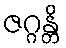
ဇဂ္ဂန္တိ